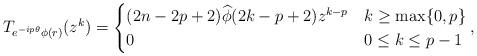
LaTeX: \begin{align*}T_{e^{-ip\theta} \phi(r)}(z^k) & = \begin{cases}(2n-2p+2)\widehat{\phi}(2k-p+2)z^{k-p} & k\geq \max\{0,p\}\\0 & 0\leq k\leq p-1\end{cases},\end{align*}